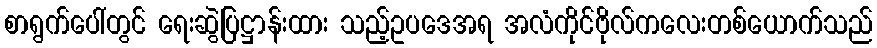
စာရွက်ပေါ်တွင် ရေးဆွဲပြဋ္ဌာန်းထား သည့်ဥပဒေအရ အလံကိုင်ဗိုလ်ကလေးတစ်ယောက်သည်